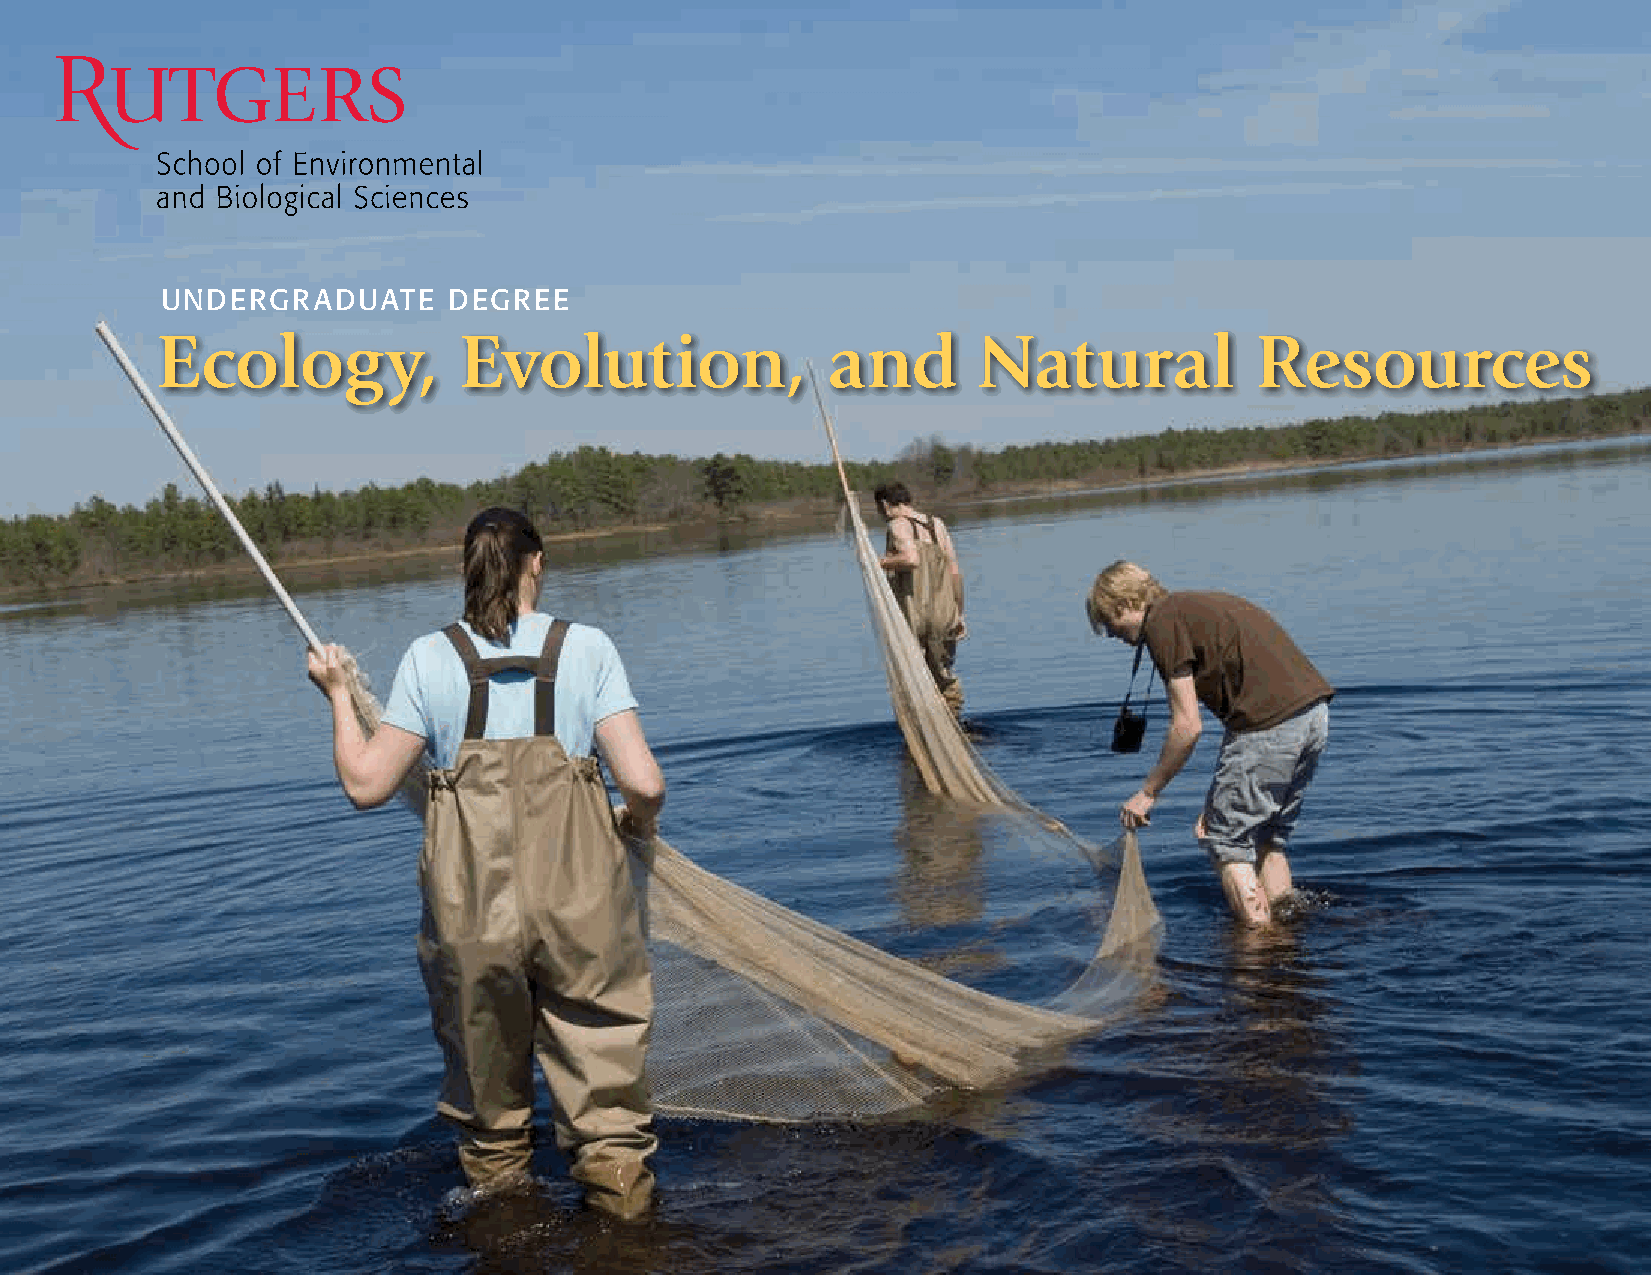
UndergradUate      degree
 Ecology,            Evolution,               and       Natural           Resources